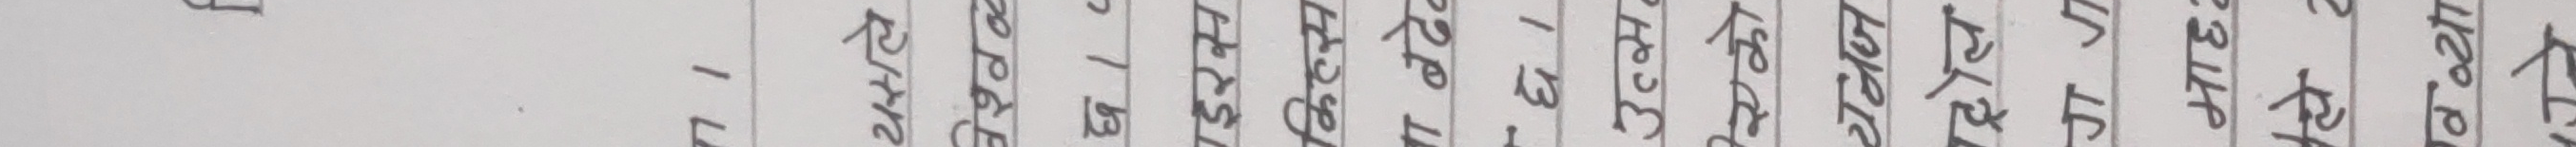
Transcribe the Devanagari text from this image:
f
यसले
वेश्वळ
छ । ८
इरस
किल्स
बढेव
13-
उत्स
एको
यनज
ट्रोल
गग
माह
वव्या